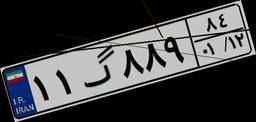
۱۱گ۸۸۹۸۴